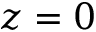
z = 0